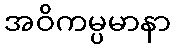
အဝိကမ္ပမာနာ